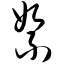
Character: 絮